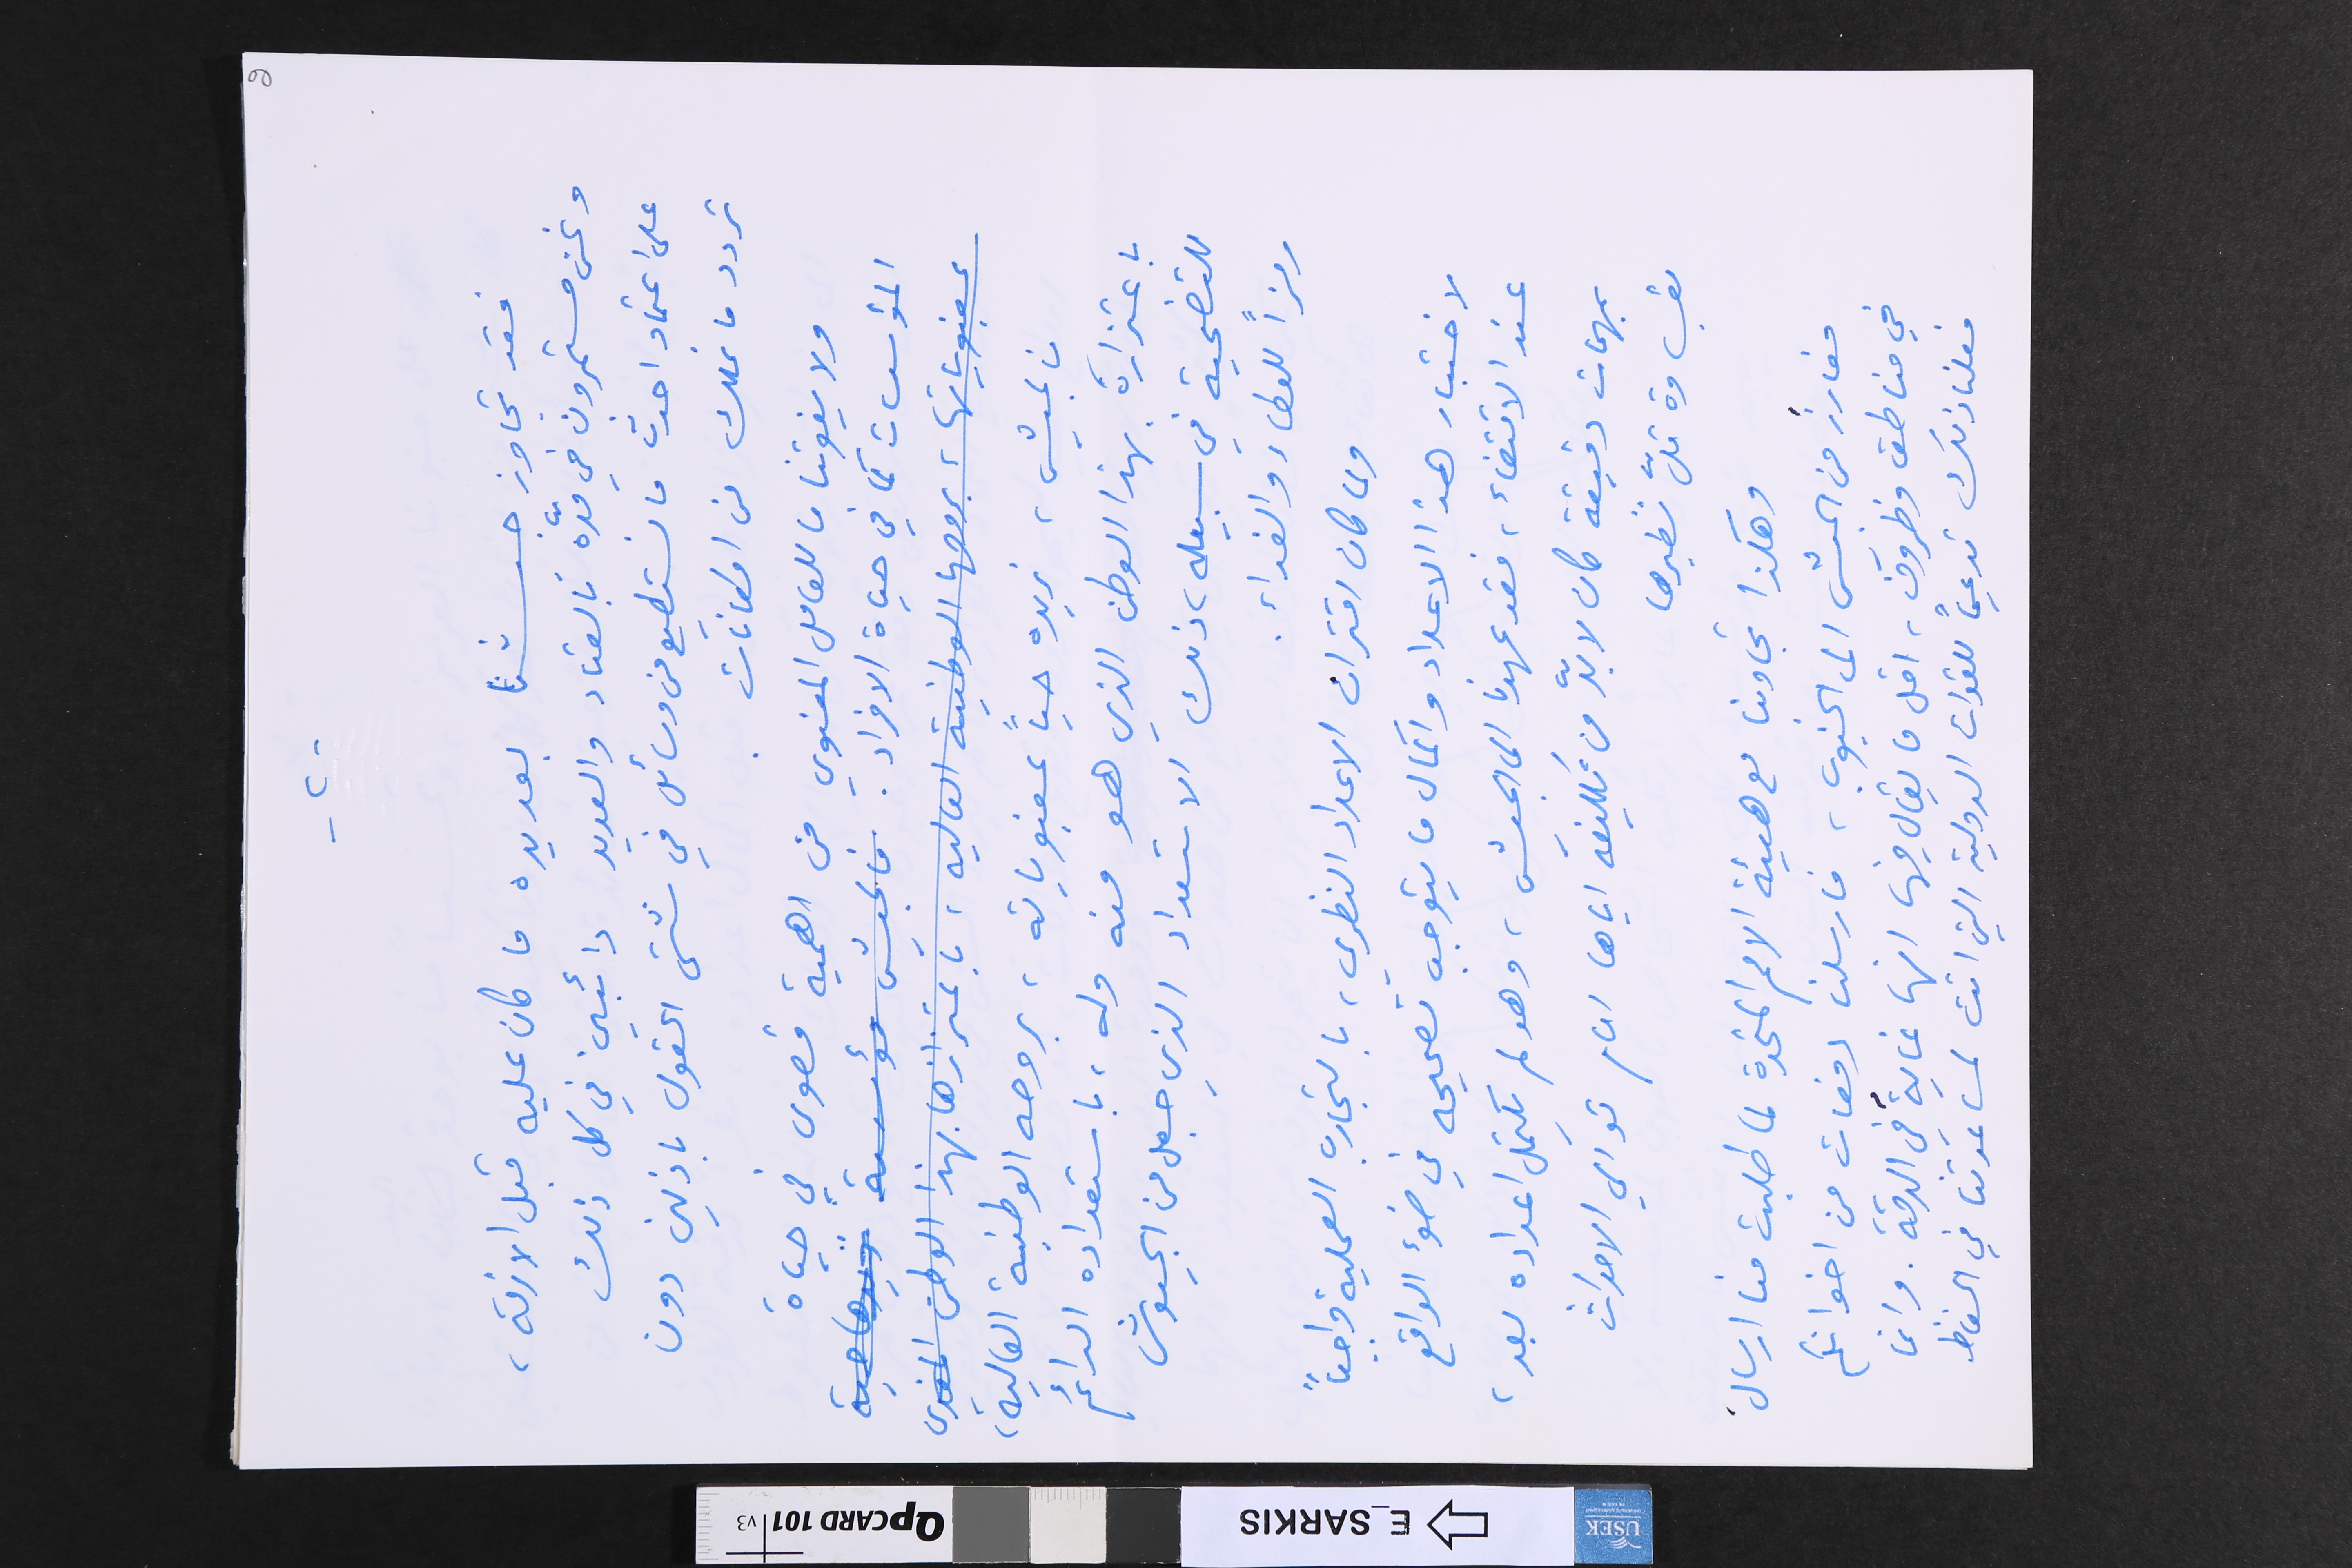
-٢-                                                                           2
فقد تجاوز جيشنا بعديده ما كان عليه قبل الازمة،
ونحن مستمرون في مدّه بالعتاد والعديد دائبين في كل ذلك
على اعتماد احدث ما نستطيع من وسائل في شتى الحقول باذلين دون
تردد ما نملك من امكانات.
ولا يفوتنا ما للعامل المعنوي من اهمية قصوى في حياة
المؤسسات كما في حياة الافراد.
فالجيش، نريده حياً بمعنوياته، بروحه الوطنية العالية،
باعتذاره بهذا الوطن الذي هو منه وله، باستعداده الدائم
للتضحية في سبيله، ذلك الاستعداد الذي جعل من الجيوش
رمزاً للعطاء والفداء.
ولما كان اقتران الاعداد النظري، بالتجارب العملية واجباً
لاختبار هذا الاعداد واكمال ما يتوجب تصحيحه في ضوء الواقع
عند الاقتضاء، فقد عهدنا الى الجيش، وهو لم يكتمل اعداده بعد،
بمهمات دقيقة كان لا بدّ من تكليفه اياها امام توالي الاحداث
بقساوة قلّ نظيرها
وهكذا تجاوبنا مع هيئة الامم المتحدة لما طلبت منا ارسالَ
مفارزَ من الجيش الى الجنوب، فارسلنا دفعات من اخوانكم
في مناطق وظروف، اقل ما يقال فيها انها غايةٌ في الدقة. وانما
فعلنا ذلك تدعيماً للقوات الدولية التي اتت لمساعدتنا في الحفاظ